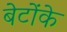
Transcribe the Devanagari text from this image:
बेटोंके